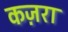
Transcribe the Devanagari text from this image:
कज़रा